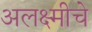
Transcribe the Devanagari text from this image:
अलक्ष्मीचे